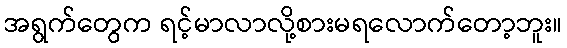
အရွက်တွေက ရင့်မာလာလို့စားမရလောက်တော့ဘူး။